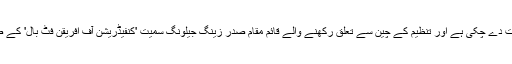
ایشین فٹ بال کنفیڈریشن پہلے ہی اسکارف کے استعمال کی اجازت دے چکی ہے اور تنظیم کے چین سے تعلق رکھنے والے قائم مقام صدر زینگ جیلونگ سمیت 'کنفیڈریشن آف افریقن فٹ بال' کے صدر عیسیٰ ہوتو بھی پابندی کے خاتمے کی حمایت کر رہے ہیں۔